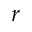
\boldsymbol { r }